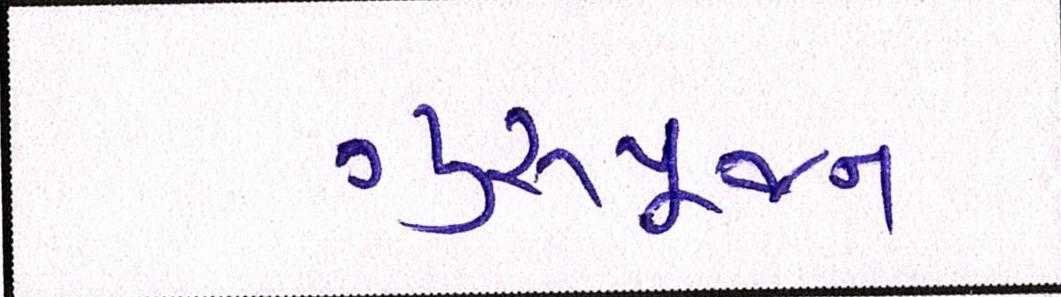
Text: ગુરૂપૂજન